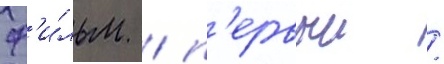
ф'и́льм / п'ервыи /